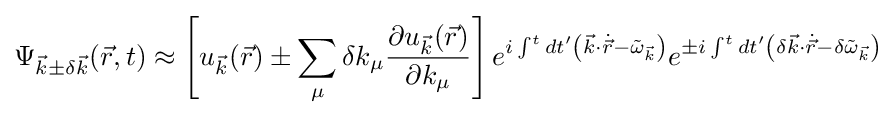
\Psi _{{\vec {k}}\pm \delta {\vec {k}}}({\vec {r}},t)\approx \left[u_{\vec {k}}({\vec {r}})\pm \sum _{\mu }\delta k_{\mu }{\frac {\partial u_{\vec {k}}({\vec {r}})}{\partial k_{\mu }}}\right]e^{i\int ^{t}dt'\left({\vec {k}}\cdot {\dot {\vec {r}}}-{\tilde {\omega }}_{\vec {k}}\right)}e^{\pm i\int ^{t}dt'\left(\delta {\vec {k}}\cdot {\dot {\vec {r}}}-\delta {\tilde {\omega }}_{\vec {k}}\right)}